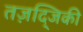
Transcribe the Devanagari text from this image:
तज़द्जिकी